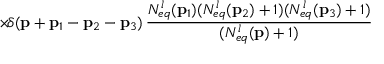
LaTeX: \times \! \delta ( { \bf p } + { \bf p } _ { 1 } - { \bf p } _ { 2 } - { \bf p } _ { 3 } ) \, \frac { N _ { e q } ^ { l } ( { \bf p } _ { 1 } ) ( N _ { e q } ^ { l } ( { \bf p } _ { 2 } ) + 1 ) ( N _ { e q } ^ { l } ( { \bf p } _ { 3 } ) + 1 ) } { ( N _ { e q } ^ { l } ( { \bf p } ) + 1 ) }